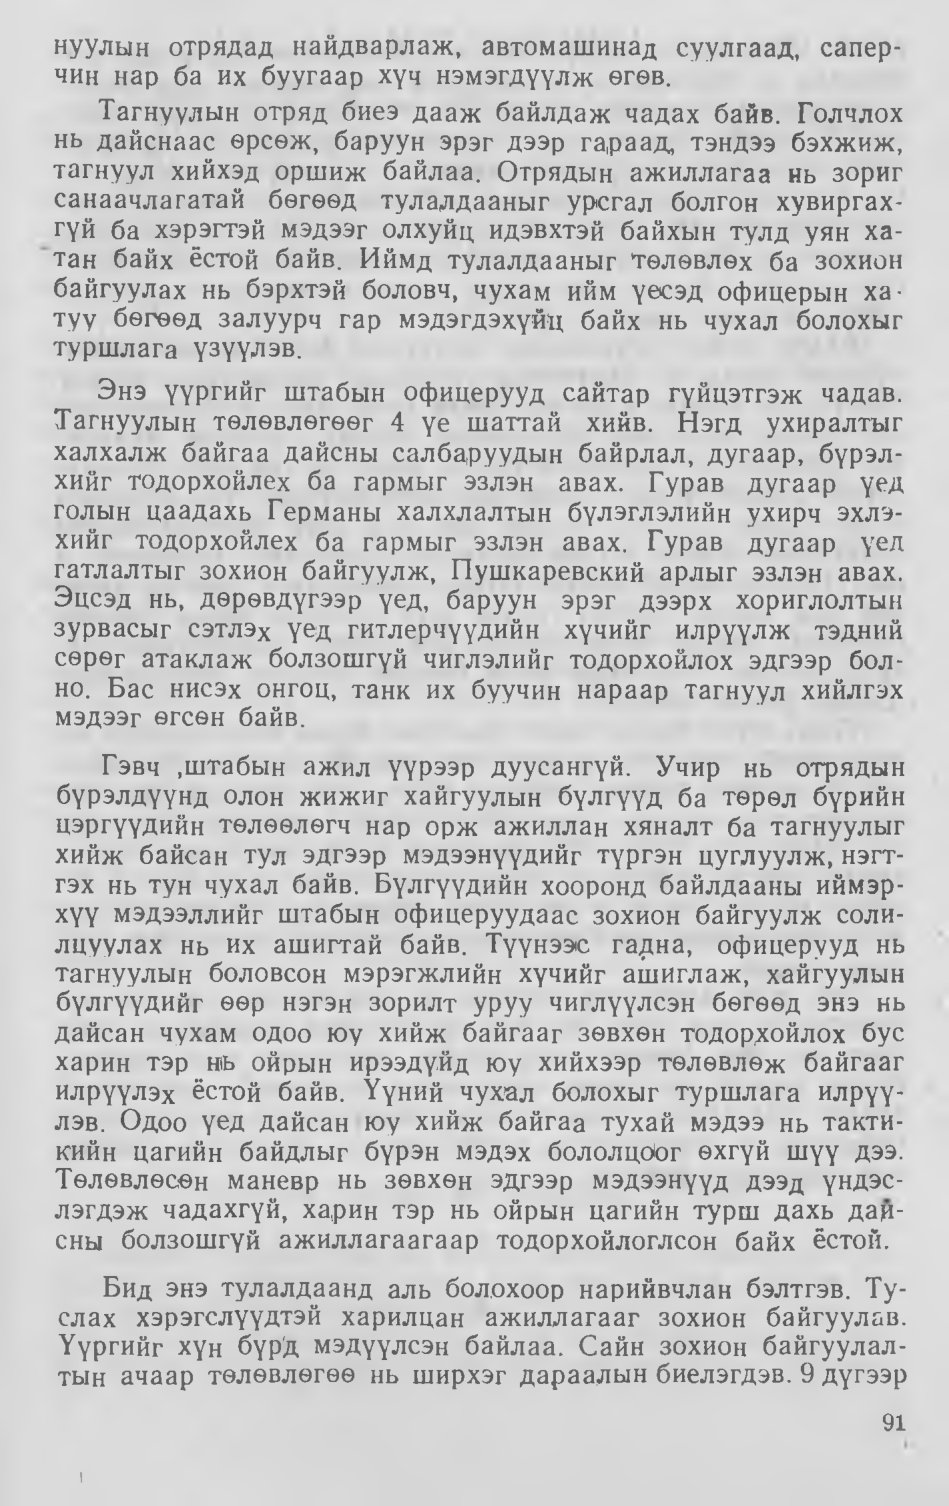
Language: mn